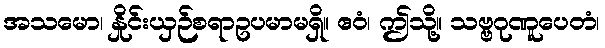
အသမော၊ နှိုင်းယှဉ်စရာဥပမာမရှိ။ ဧဝံ၊ ဤသို့။ သဗ္ဗဂုဏူပေတံ၊